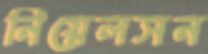
নিয়েলসন